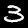
Digit: 3